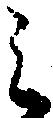
之